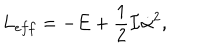
LaTeX: L _ { e f f } = - E + \frac { 1 } { 2 } { \cal I } \dot { \alpha } ^ { 2 } ,